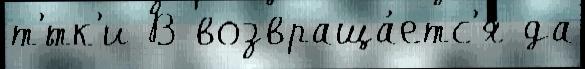
т'́тк'и В возвраща́етс'я да